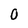
Character: 0